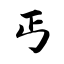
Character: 丐